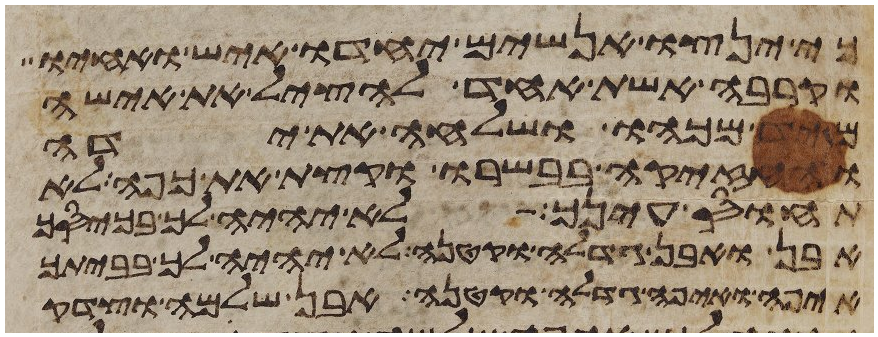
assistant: כי ינצו אנשים יחדו איש ואחיו
וקרבה אשת אחד להציל את אישה
מיד מכהו ושלחה את ידה
והחזיקה בבשרו וקצת את כפה לא
תחוס עינך לא יהיה לך בכיסך
אבן ואבן גדלה וקטנה לא יהיה לך בביתך
איפה ואיפה גדלה וקטנה אבן שלמה וצדק